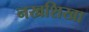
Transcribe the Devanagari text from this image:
नखशिखा